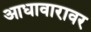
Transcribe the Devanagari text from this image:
आधावारावर